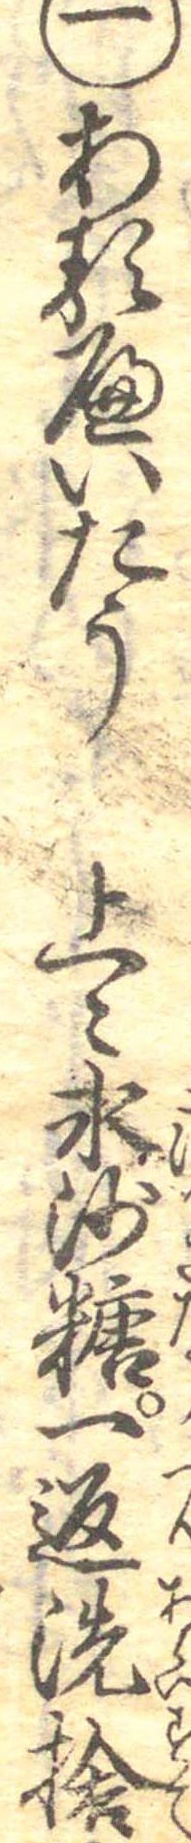
一あるへいたう上〻氷沙糖一返洗捨